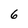
Character: 6